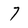
Character: 7